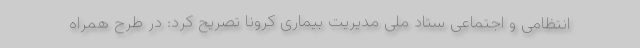
انتظامی و اجتماعی ستاد ملی مدیریت بیماری کرونا تصریح کرد: در طرح همراه